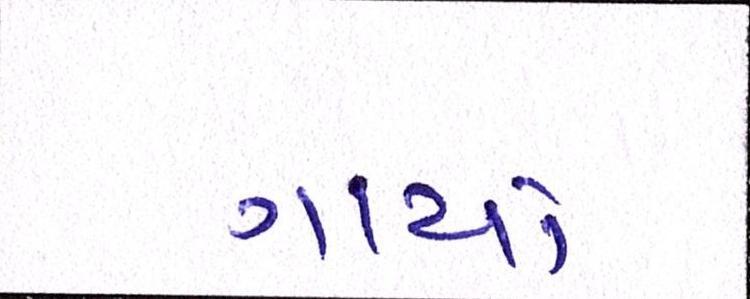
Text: ગાયો